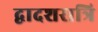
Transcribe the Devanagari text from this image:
द्वादशरात्रि